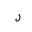
Letter: _lam